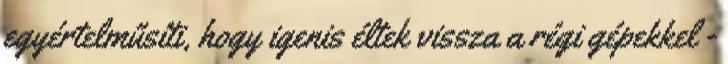
egyértelműsíti, hogy igenis éltek vissza a régi gépekkel -